Lunatic asylums Madras 1877-1891 - 1877-1891
Year: 1877
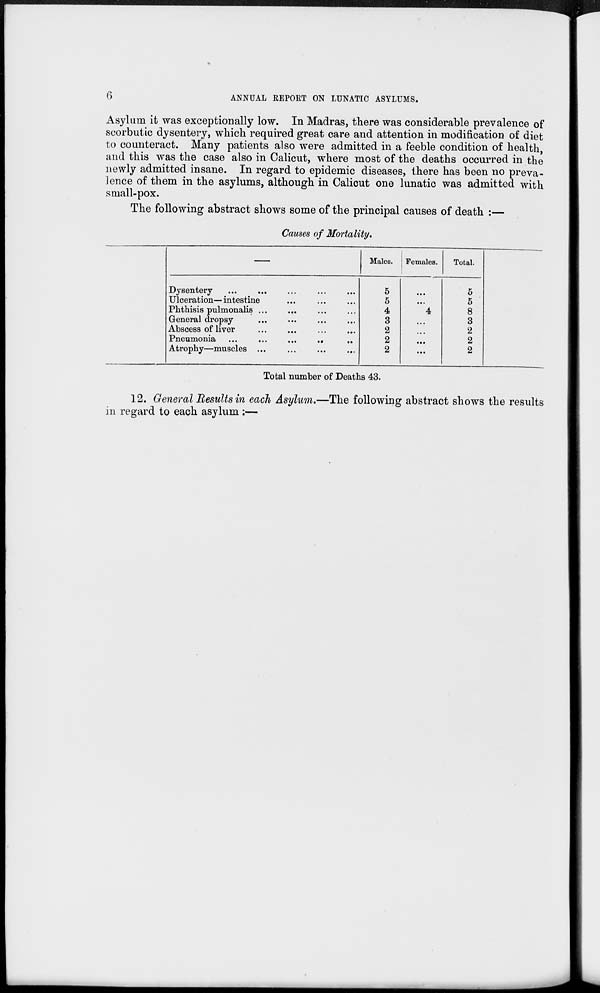
6
ANNUAL REPORT ON LUNATIC ASYLUMS.
Asylum it was exceptionally low. In Madras, there was considerable prevalence of
scorbutic dysentery, which required great care and attention in modification of diet
to counteract. Many patients also were admitted in a feeble condition of health,
and this was the case also in Calicut, where most of the deaths occurred in the
newly admitted insane. In regard to epidemic diseases, there has been no preva-
lence of them in the asylums, although in Calicut one lunatic was admitted with
small-pox.
The following abstract shows some of the principal causes of death :—
Causes of Mortality.
—
Dysentery ... ... ... ... ...
Ulceration—intestine ... ... ...
Phthisis pulmonalis ... ... ... ...
General dropsy ... ... ... ...
Abscess of liver ... ... ... ...
Pneumonia ... ... ... ... ...
Atrophy—muscles ... ... ... ...
Males.
5
5
4
3
2
2
2
Females.
...
...
4
...
...
...
...
Total.
5
5
8
3
2
2
2
Total number of Deaths 43.
12. General Results in each Asylum.—The following abstract shows the results
in regard to each asylum :—